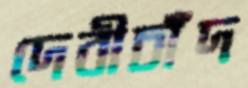
দেবীচাঁদ